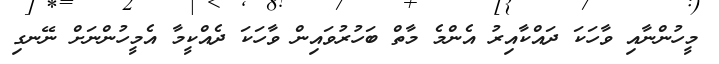
މީހުންނާއި ވާހަކަ ދައްކާއިރު އެންމެ މާތް ބަހުރުވައިން ވާހަކަ ދެއްކީމާ އެމީހުންނަށް ނޭނގި